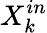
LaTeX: X_{k}^{in}